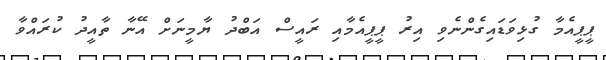
ޕީޕީއެމާ ގުޅިވަޑައިގެންނެވި އިރު ޕީޕީއެމާއި ރައީސް އަބްދު ޔާމީނަށް އޭނާ ތާއީދު ކުރައްވާ